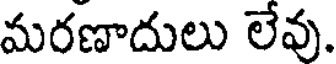
మరణాదులు లేవు.